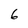
Character: 6